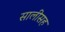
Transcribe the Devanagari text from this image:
सालीसह